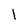
Character: l